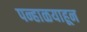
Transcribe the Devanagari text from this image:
पन्हाळयाहून